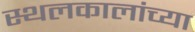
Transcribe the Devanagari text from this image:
स्थलकालांच्या